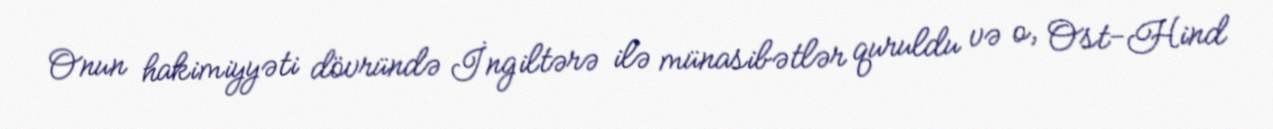
Onun hakimiyyəti dövründə İngiltərə ilə münasibətlər quruldu və o, Ost-Hind